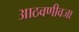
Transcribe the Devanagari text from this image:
आठवणीवजा